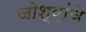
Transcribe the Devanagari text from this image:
जोश्य़ांचे